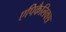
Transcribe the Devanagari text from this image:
एपिकैलिक्स